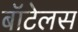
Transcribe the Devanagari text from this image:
बॉटेलस